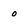
Character: 0